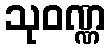
သုဝဏ္ဏ